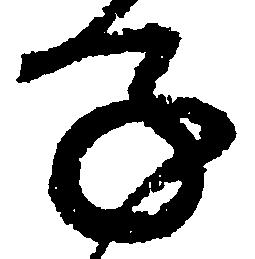
子